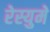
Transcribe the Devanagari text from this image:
रेस्युमे